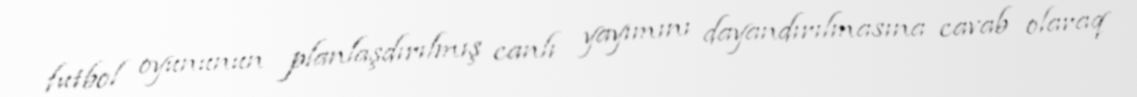
futbol oyununun planlaşdırılmış canlı yayımını dayandırılmasına cavab olaraq